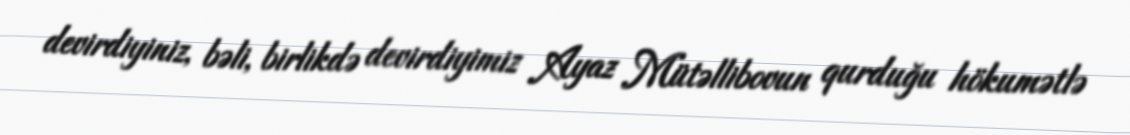
devirdiyiniz, bəli, birlikdə devirdiyimiz Ayaz Mütəllibovun qurduğu hökumətlə